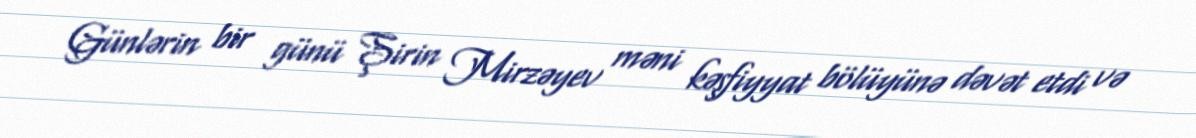
Günlərin bir günü Şirin Mirzəyev məni kəşfiyyat bölüyünə dəvət etdi və